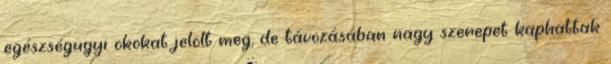
egészségügyi okokat jelölt meg, de távozásában nagy szerepet kaphattak